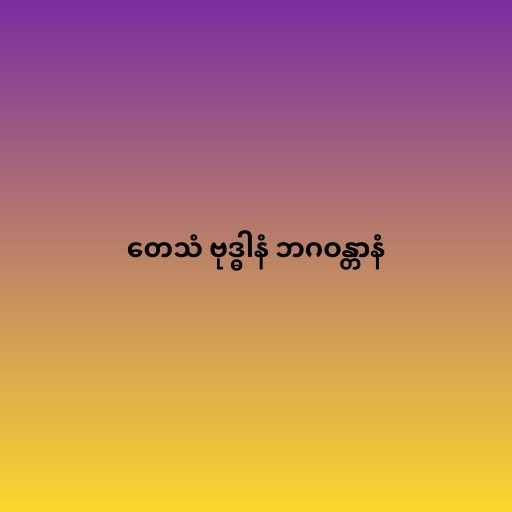
တေသံ ဗုဒ္ဓါနံ ဘဂဝန္တာနံ